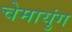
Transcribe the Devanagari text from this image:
चेमायुंग